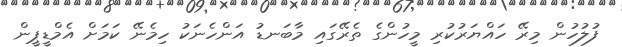
ފުލުހުން މިރޭ ހައްޔަރުކުރި މީހުންގެ ތެރޭގައި މާބަނޑު އަންހެނަކު ހިމެނޭ ކަމަށް އެމްޑީޕީން